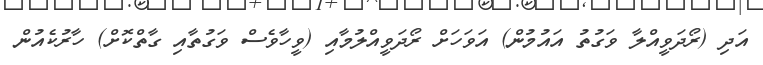
އަދި (ރޯދަވީއްލާ ވަގުތު އައުމުން) އަވަހަށް ރޯދަވީއްލުމާއި (ވީހާވެސް ވަގުތާއި ގާތްކޮށް) ހާރުކެއުން